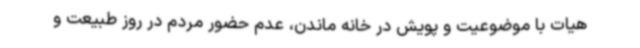
هیات با موضوعیت و پویش در خانه ماندن، عدم حضور مردم در روز طبیعت و